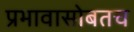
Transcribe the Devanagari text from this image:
प्रभावासोबतच